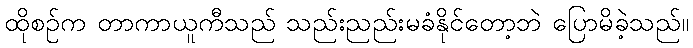
ထိုစဉ်က တာကာယူကီသည် သည်းညည်းမခံနိုင်တော့ဘဲ ပြောမိခဲ့သည်။